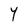
Character: Y